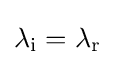
\lambda _{\text{i}}=\lambda _{\text{r}}